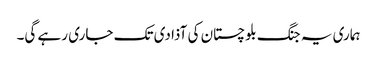
ہماری یہ جنگ بلوچستان کی آذادی تک جاری رہے گی۔